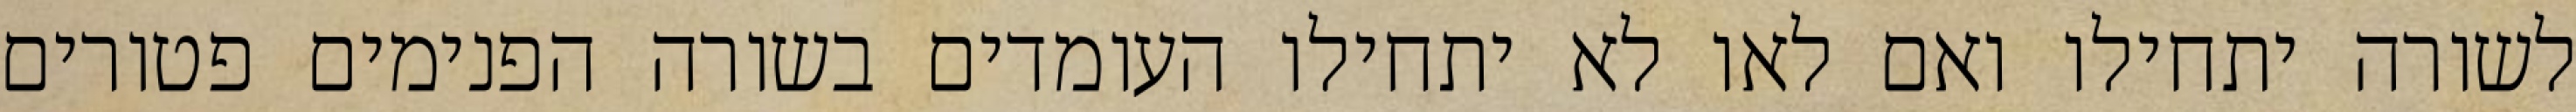
לשורה יתחילו ואם לאו לא יתחילו העומדים בשורה הפנימים פטורים